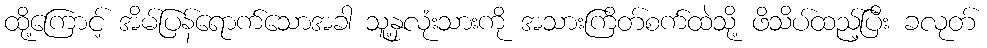
ထို့ကြောင့် အိမ်ပြန်ရောက်သောအခါ သူ့နှလုံးသားကို အသားကြိတ်စက်ထဲသို့ ဖိသိပ်ထည့်ပြီး ခလုတ်